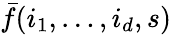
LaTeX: \bar{f}(i_{1},\ldots,i_{d},s)